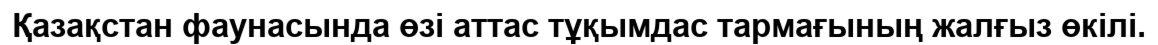
Қазақстан фаунасында өзі аттас тұқымдас тармағының жалғыз өкілі.